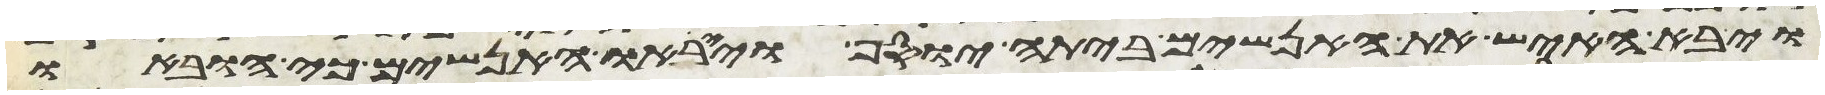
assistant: ויבא האיש את האנשים ביתה יוסף וייראו האנשים כי הובאו